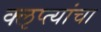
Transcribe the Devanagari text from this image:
क्‍ऌप्त्यांचा